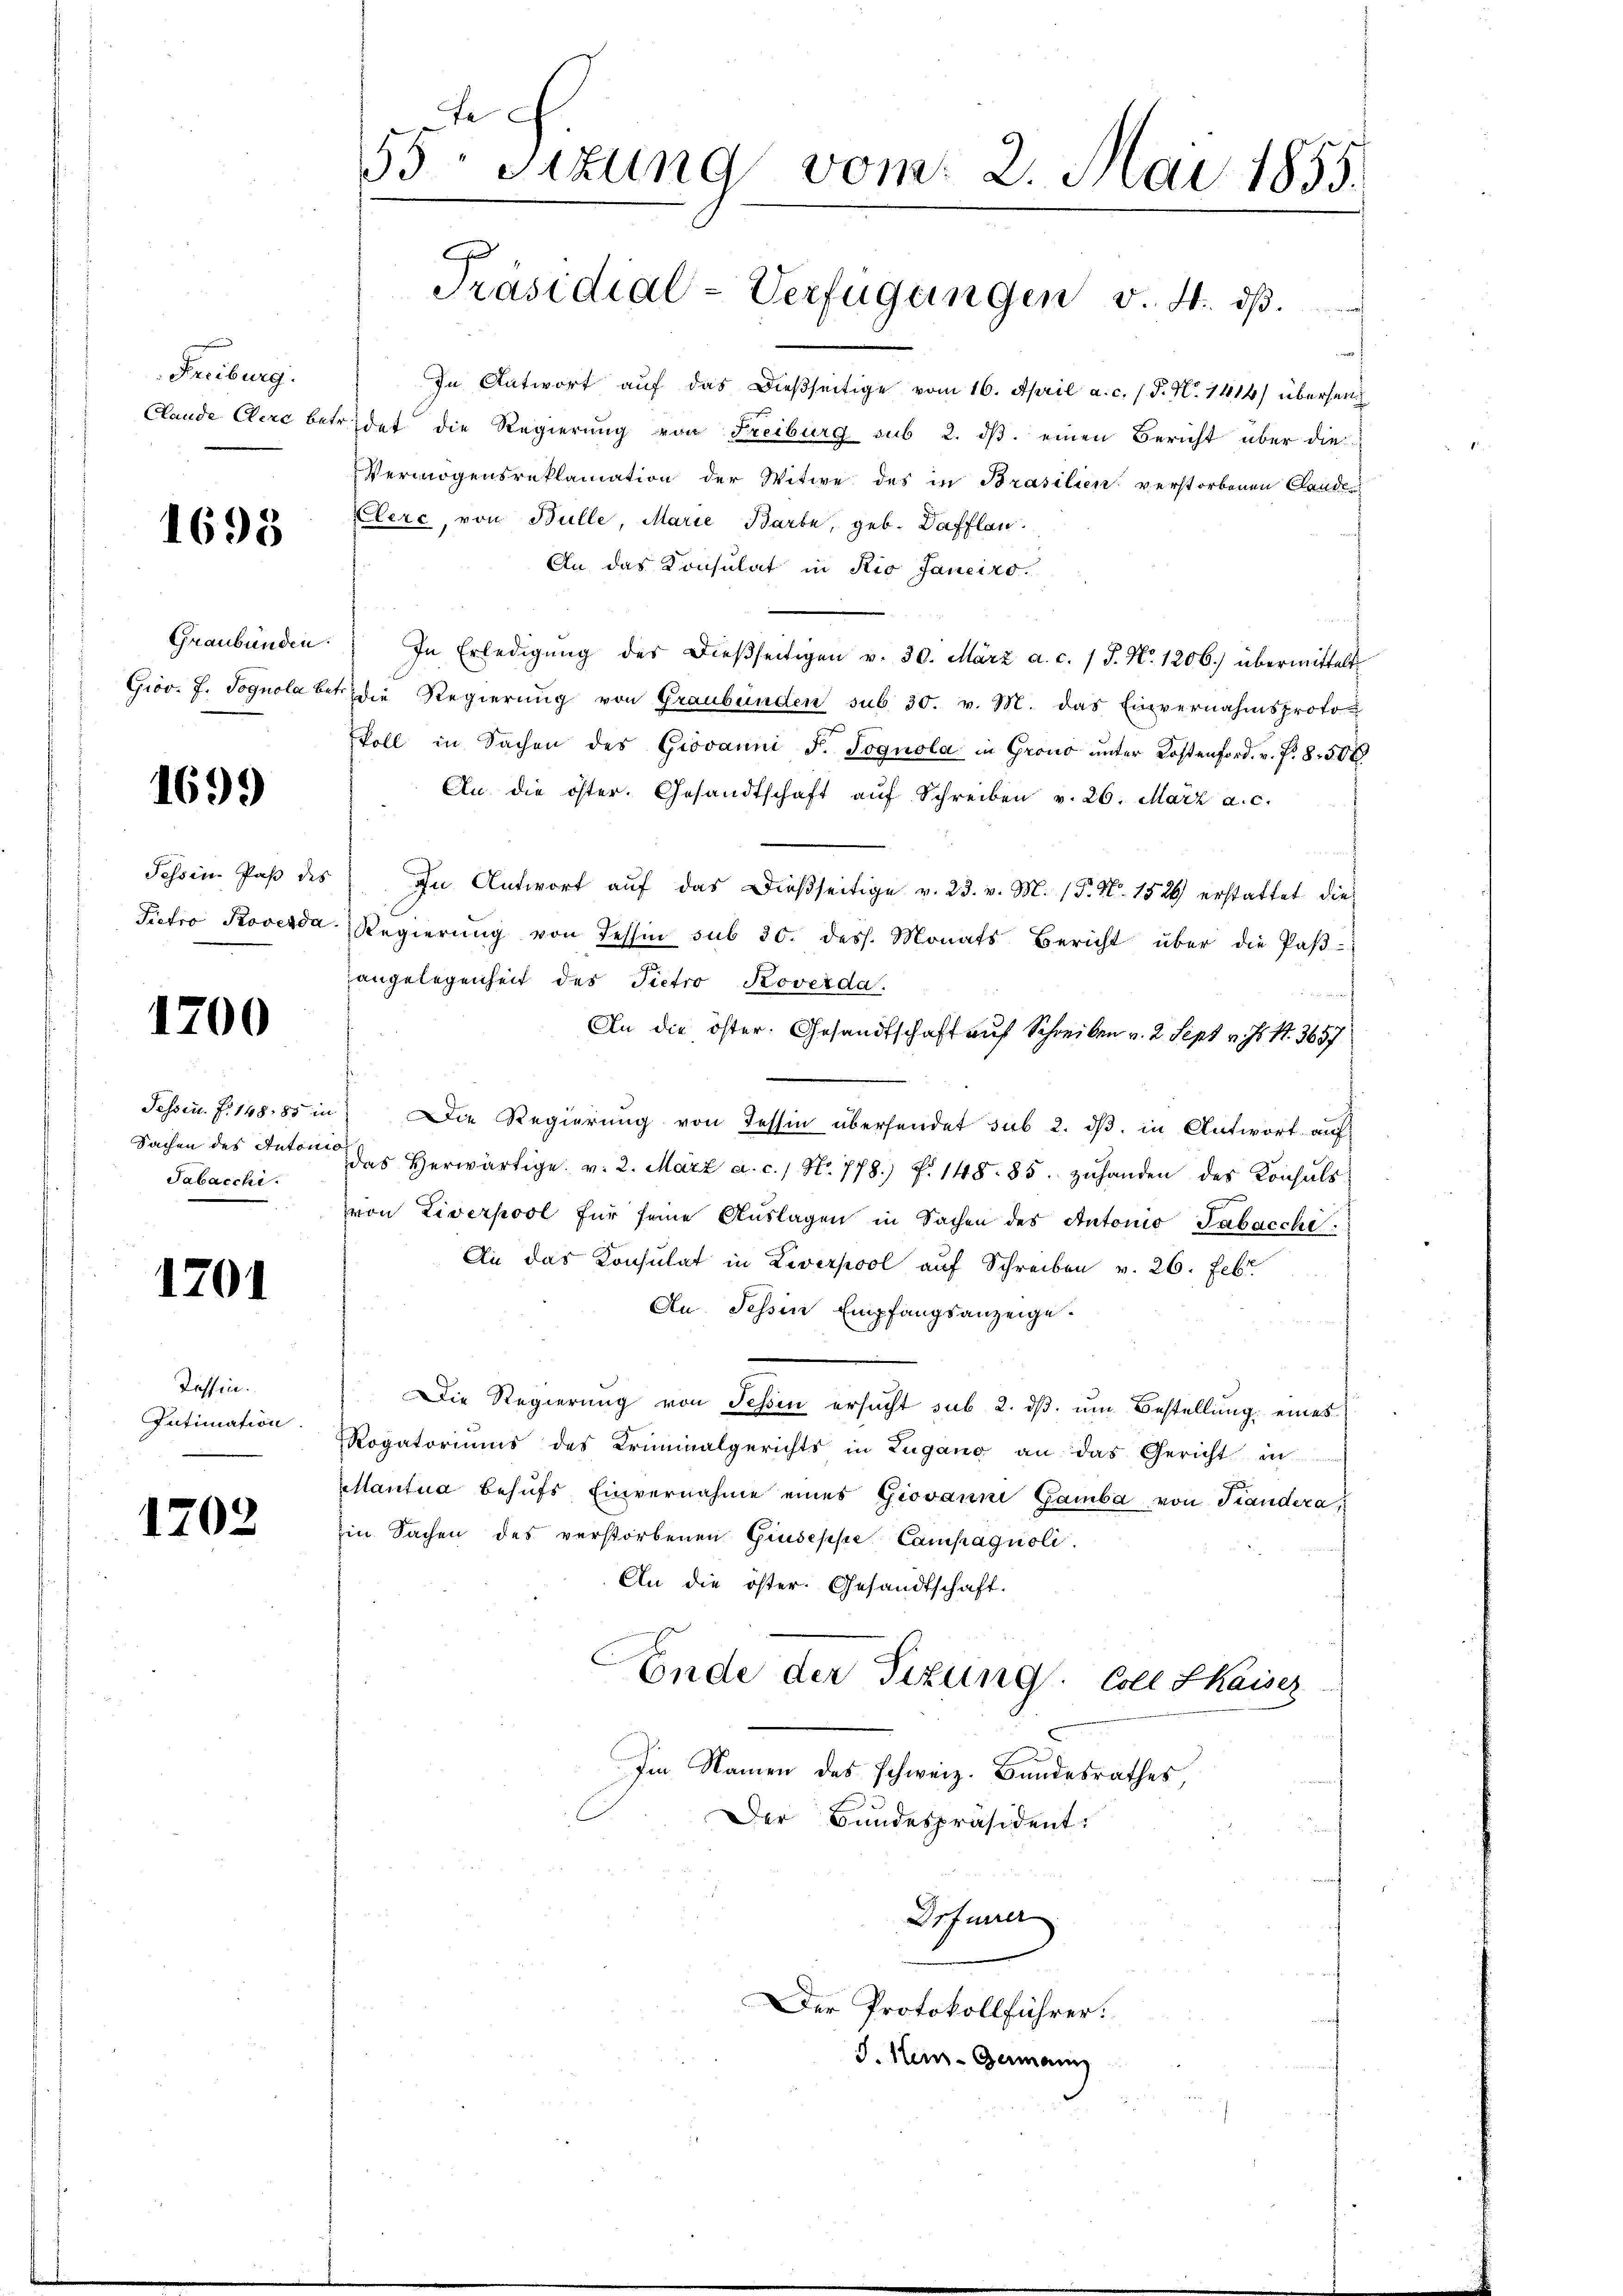
Freiburg.

1698

Graubünden.

1699

Tessin Paß des
Pietro Proverda

1200

Fessen. F. 148, 85 in
Sachen des Anton
Tabacchi.

1201

Tessin.
Intimation.

1202

e
55 sizung vom 2. Mai 1855.

Präsidial-Verfügungen v. 4. dβ.

In Antwort auf das dießseitige vom 16. April a. c. s. P. N. 1414) übersen¬
Claude Clerc betreidet die Regierung von Freiburg sub 2. ds. einen Bericht über die
Vermögensreklamation der Witwe des in Brasilien verstorbenen Claude
Elerc, von Bulle, Marie Barbe, geb. Dafflan-
An das Konsulat in Rio Janeiro
In Erledigŭng des dieβseitigen v. 30. März a. c. 1 S. No. 1206. übermittelt
Grov. 7. Sognola betr. die Regierŭng von Graubünden sub 30. v. M. das Einvernahmsproto-
koll in Sachen des Giovanni F. Sognola in Grono ŭnter Kostenford. v. P. 8.506
An die öster. Gesandtschaft aŭf Schreiben v. 26. März a. c.
In Antwort auf das dießseitige v. 23. v. M. (P. Nr. 1529 erstattet die
Regierŭng von Tessin sub 30. dess. Monats Bericht über die Paβ-
angelegenheit des Pietro Koverda
An die öster. Gesandtschaft auf Schreiben v. 2. Sept v. Js. S. 3657
) Die Regierung von Tessin übersendet sub 2. ds. in Antwort auf
das herwärtige v. 2. März a. c. / Nr. 778 f. 148. 85. zŭ handen des Konsuls
von Liverpool für seine Auslagen in Sachen des Antonio Tabacchi
An das Konsulat in Liverpool auf Schreiben v. 26. Febr
An. Sechsen Empfangsanzeige.
Die Regierung von Schin ersucht sub 2. dβ. um Bestellung eines
Rogatoriums des Kriminalgerichts in Zugano an das Gericht in
Mantua behufs Einvernahme eines Giovanni Gamba von Standera
Ein Sachen des verstorbenen Giuseppe Campagnoli.
An die öster. Gesandtschaft.
Ende der Sizung. Coll Shaisez
Im Namen des schweiz. Bundesrathes,
Der Bundespräsident:
Drfurrer
Der Protokollführer.
J. Hein-Germann